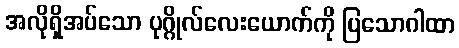
အလိုရှိအပ်သော ပုဂ္ဂိုလ်လေးယောက်ကို ပြသောဂါထာ